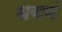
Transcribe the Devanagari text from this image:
धवणं